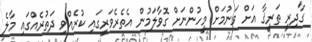
ގާދިރީ ޠަރީޤާ އަށް ވަނުމަށް މީހުންނަށް ގޮވާލަމުން އެތެރެވަރީގައި ކުރެއްވި ދަތުރެއްގައި މާލެ